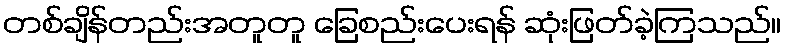
တစ်ချိန်တည်းအတူတူ ခြေစည်းပေးရန် ဆုံးဖြတ်ခဲ့ကြသည်။